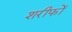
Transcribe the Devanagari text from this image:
शरीफों